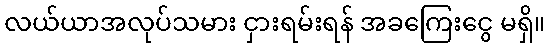
လယ်ယာအလုပ်သမား ငှားရမ်းရန် အခကြေးငွေ မရှိ။